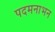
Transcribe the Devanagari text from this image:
पदमनाभन